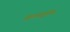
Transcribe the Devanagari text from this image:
फ्रायड्रीच